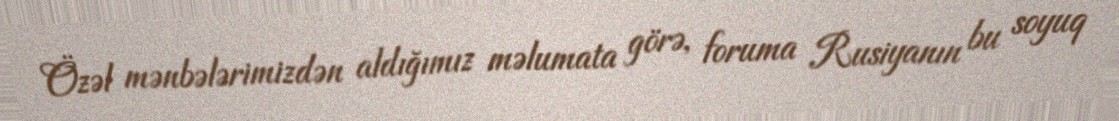
Özəl mənbələrimizdən aldığımız məlumata görə, foruma Rusiyanın bu soyuq